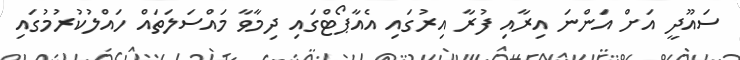
ސައޫދީ އަށް އަންނަ އިރާއި ފުރާ އިރުގައި އެއާޕޯޓްގައި ދިމާވާ މައްސަލަތައް ހައްލުކުރުމުގައި